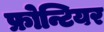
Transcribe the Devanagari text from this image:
फ्रोन्टियर